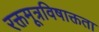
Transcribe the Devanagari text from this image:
रक्तमूत्रविषाक्तता